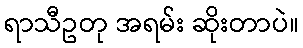
ရာသီဥတု အရမ်း ဆိုးတာပဲ။